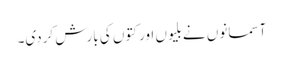
آسمانوں نے بلیوں اور کتوں کی بارش کردی۔